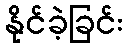
နိုင်ခဲ့ခြင်း